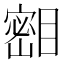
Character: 𪾺